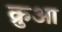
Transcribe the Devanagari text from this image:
क्रुआ